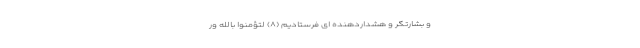
و بشارتگر و هشداردهنده اى فرستاديم (۸) لِتُؤْمِنُوا بِاللَّهِ وَر